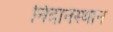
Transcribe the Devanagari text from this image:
निदानस्थान